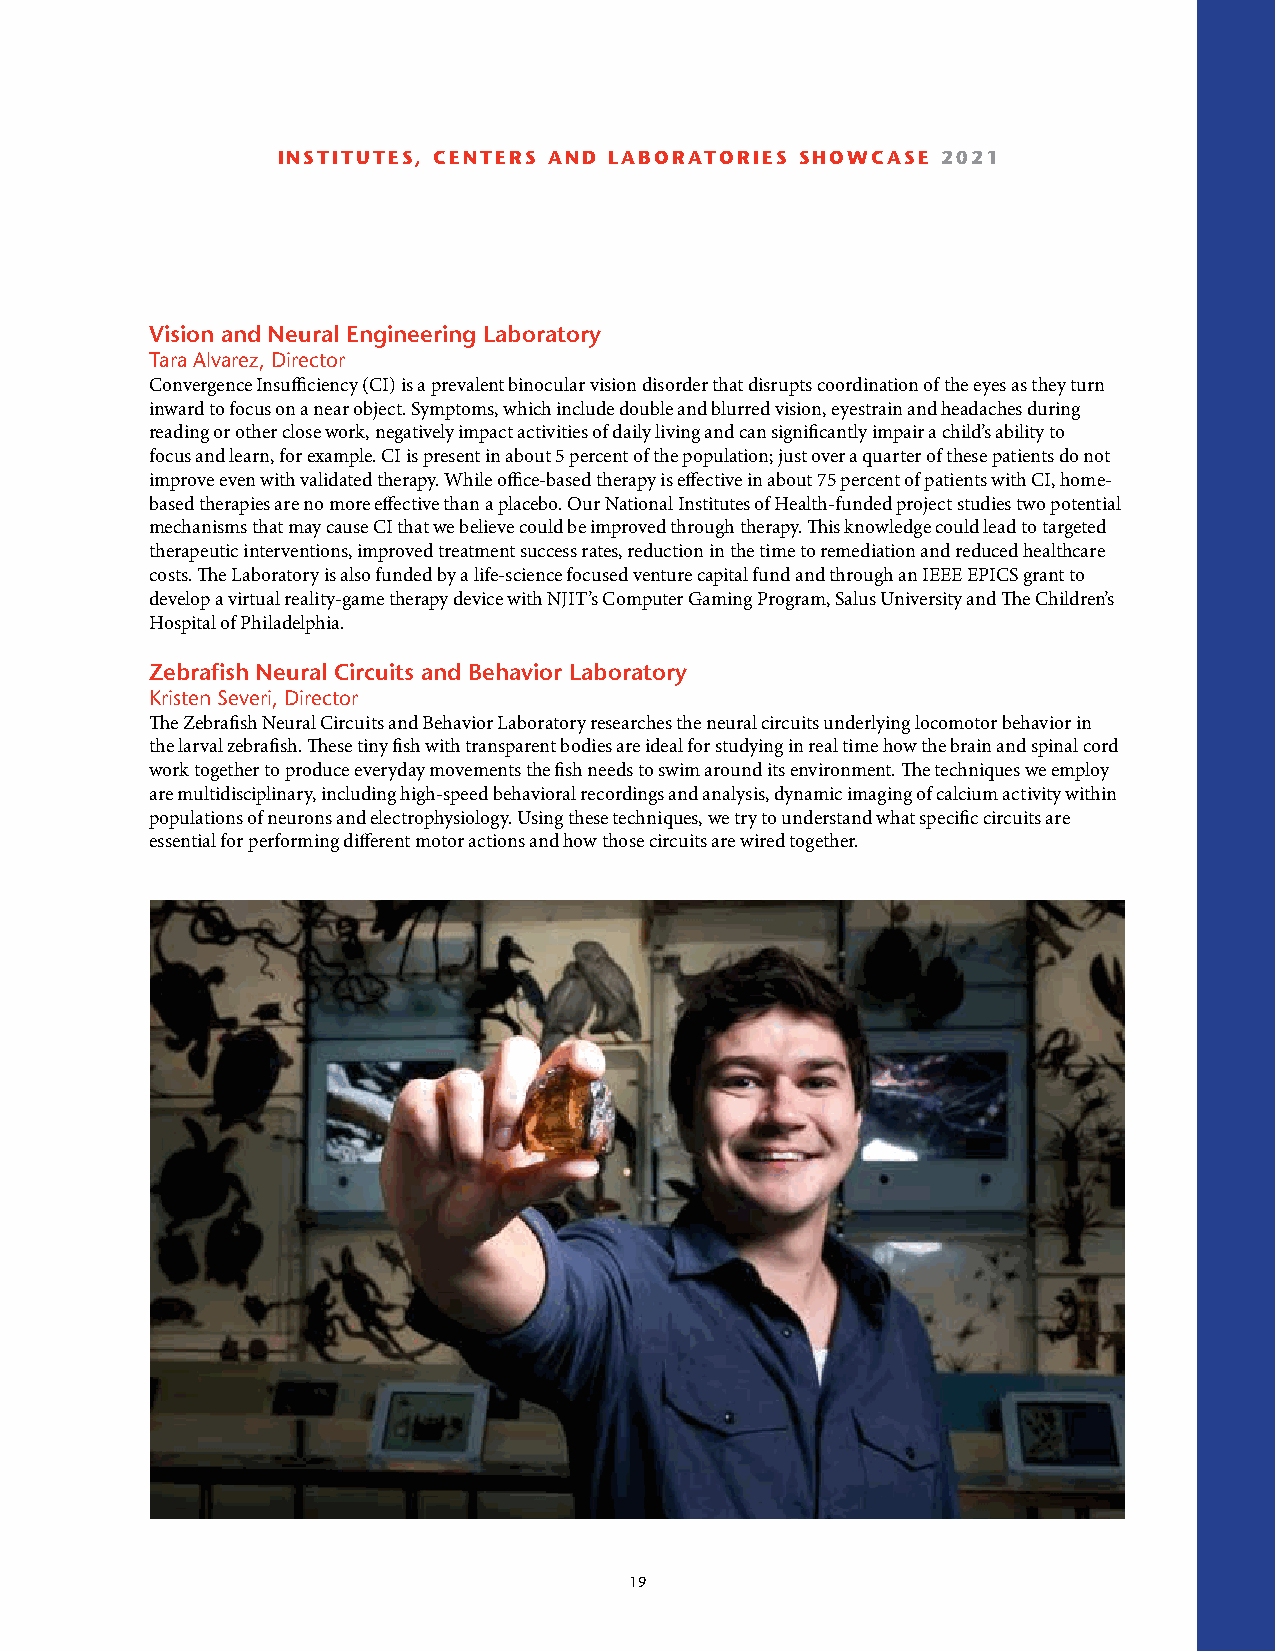
INSTITUTES, CENTERS AND LABORATORIES SHOWCASE 2021
 Vision and Neural Engineering Laboratory
 Tara Alvarez, Director
 Convergence Insufficiency (CI) is a prevalent binocular vision disorder that disrupts coordination of the eyes as they turn
 inward to focus on a near object. Symptoms, which include double and blurred vision, eyestrain and headaches during
 reading or other close work, negatively impact activities of daily living and can significantly impair a child’s ability to
 focus and learn, for example. CI is present in about 5 percent of the population; just over a quarter of these patients do not
 improve even with validated therapy. While office-based therapy is effective in about 75 percent of patients with CI, home-
 based therapies are no more effective than a placebo. Our National Institutes of Health-funded project studies two potential
 mechanisms that may cause CI that we believe could be improved through therapy. This knowledge could lead to targeted
 therapeutic interventions, improved treatment success rates, reduction in the time to remediation and reduced healthcare
 costs. The Laboratory is also funded by a life-science focused venture capital fund and through an IEEE EPICS grant to
 develop a virtual reality-game therapy device with NJIT’s Computer Gaming Program, Salus University and The Children’s
 Hospital of Philadelphia.
 Zebrafish Neural Circuits and Behavior Laboratory
 Kristen Severi, Director
 The Zebrafish Neural Circuits and Behavior Laboratory researches the neural circuits underlying locomotor behavior in
 the larval zebrafish. These tiny fish with transparent bodies are ideal for studying in real time how the brain and spinal cord
 work together to produce everyday movements the fish needs to swim around its environment. The techniques we employ
 are multidisciplinary, including high-speed behavioral recordings and analysis, dynamic imaging of calcium activity within
 populations of neurons and electrophysiology. Using these techniques, we try to understand what specific circuits are
 essential for performing different motor actions and how those circuits are wired together.
 19